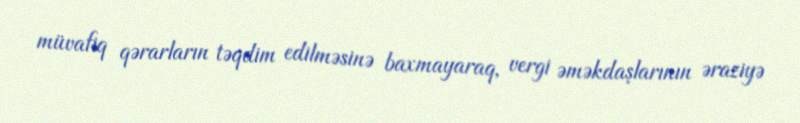
müvafiq qərarların təqdim edilməsinə baxmayaraq, vergi əməkdaşlarının əraziyə